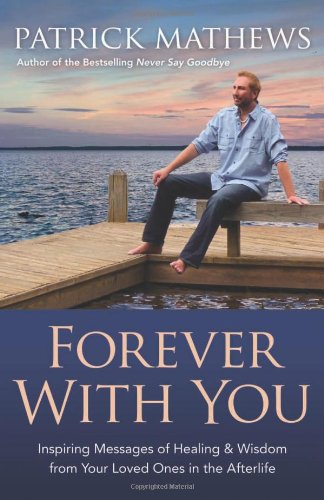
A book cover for Forever With You: Inspiring Messages of Healing & Wisdom from your Loved Ones in the Afterlife; Patrick Mathews; Religion & Spirituality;